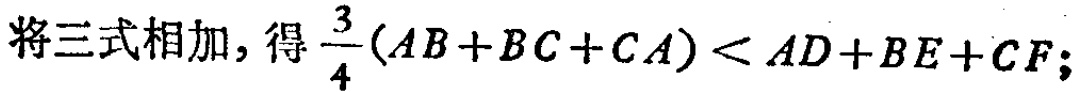
将三式相加，得\(\frac{3}{4}(AB + BC + CA) < AD + BE + CF\);